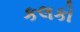
કલકો